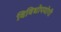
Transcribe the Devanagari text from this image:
विविधोपयोगी